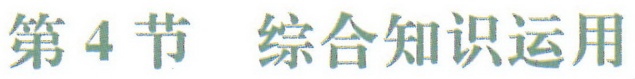
第4节 综合知识运用